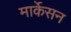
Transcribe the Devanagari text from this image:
मार्केसन